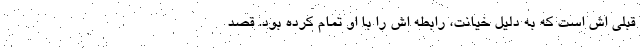
قبلی اش است که به دلیل خیانت، رابطه اش را با او تمام کرده بود. قصد